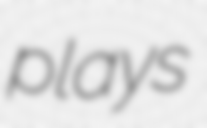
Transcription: plays